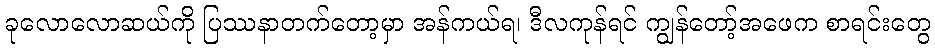
ခုလောလောဆယ်ကို ပြဿနာတက်တော့မှာ အန်ကယ်ရ၊ ဒီလကုန်ရင် ကျွန်တော့်အဖေက စာရင်းတွေ